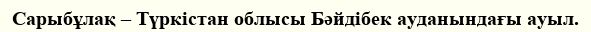
Сарыбұлақ – Түркістан облысы Бәйдібек ауданындағы ауыл.